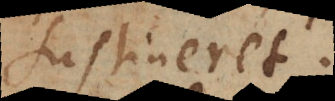
tineret.